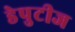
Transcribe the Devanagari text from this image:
डेपुटीज